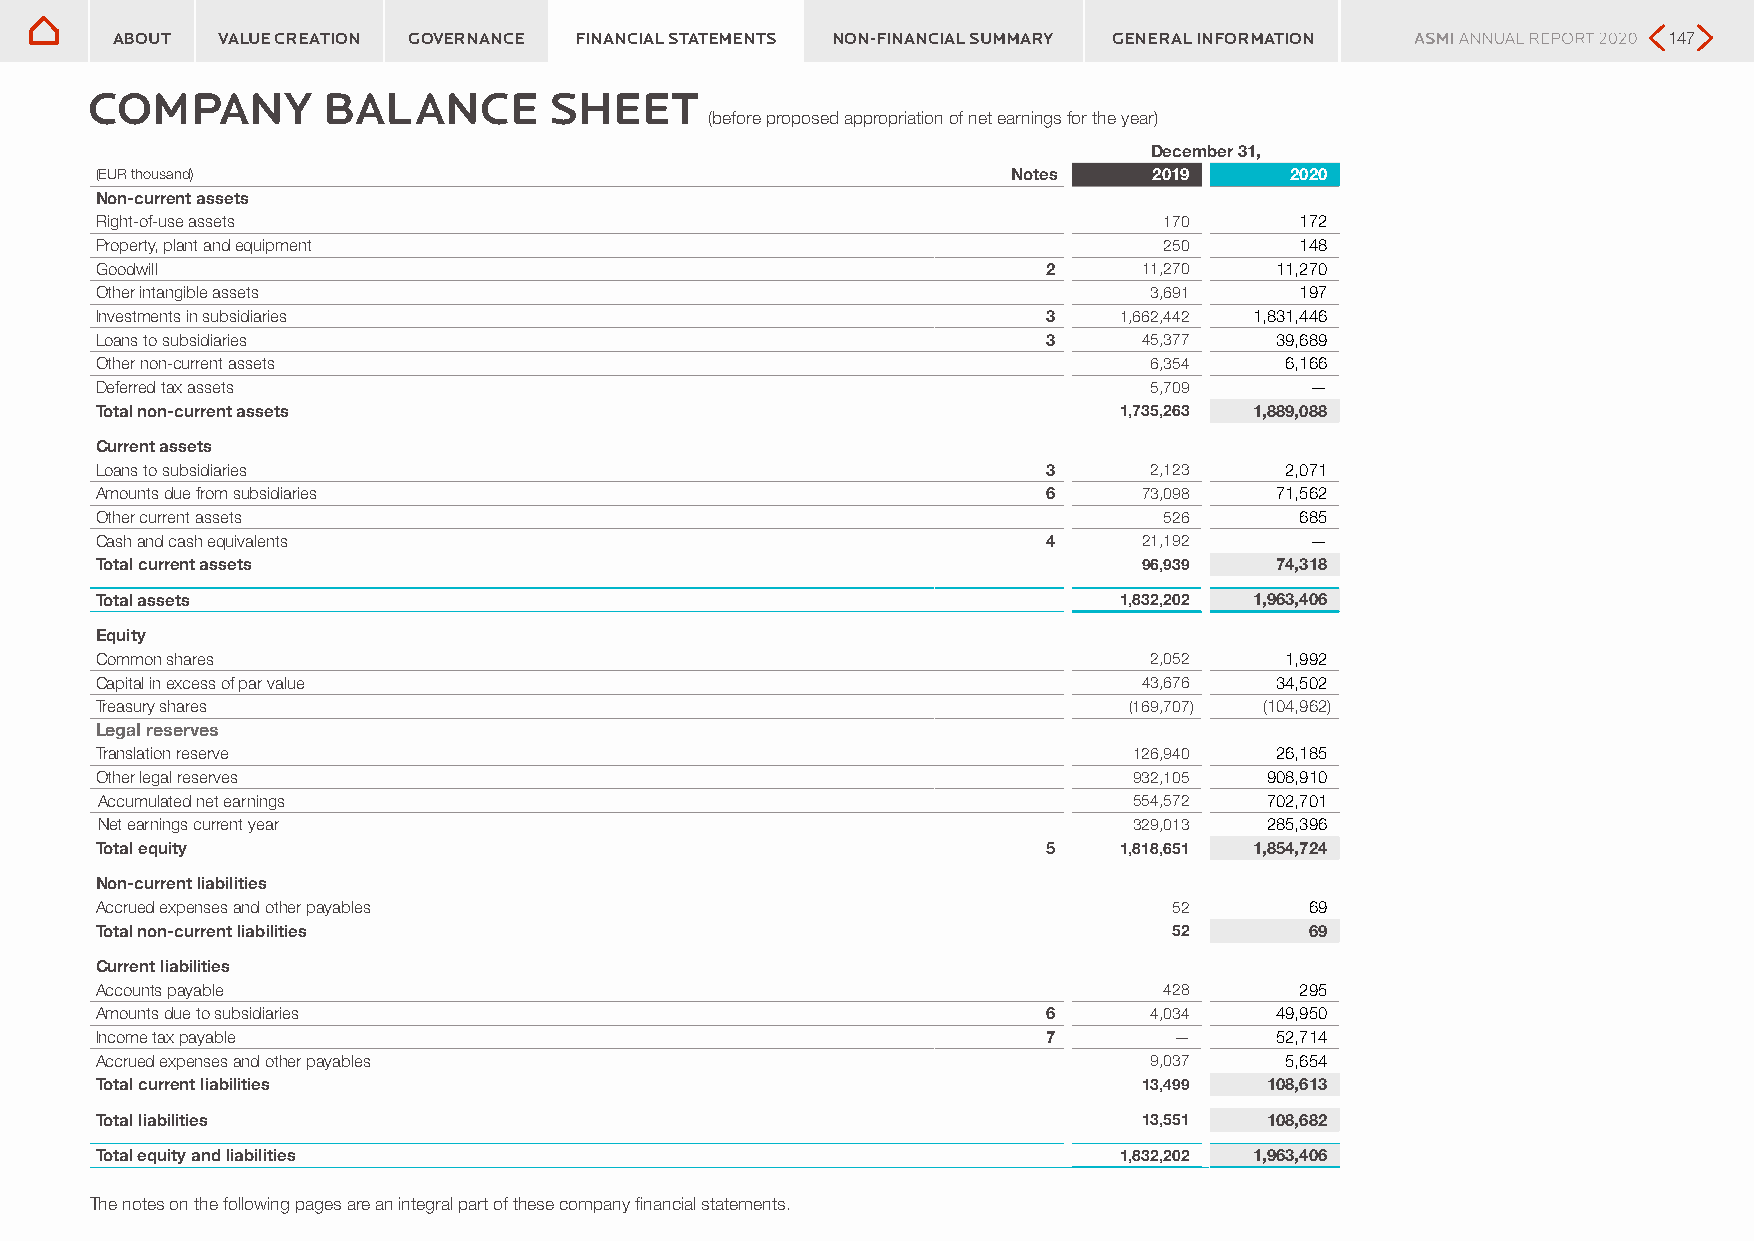
ASM International N.V. financial statements ASM International N.V. financial statements
 Company balance sheet    Company balance sheet
 ABOUT  VALUE CREATION GOVERNANCE FINANCIAL STATEMENTS NON-FINANCIAL SUMMARY GENERAL INFORMATION        147
 COMPANY        BALANCE        SHEET
 (before proposed appropriation of net earnings for the year)
 December 31,
 (EUR thousand)                                               Notes    2019     2020
 Non-current assets
 Right-of-use assets                                                    170      172
 Property, plant and equipment                                          250      148
 Goodwill                                                       2      11,270  11,270
 Other intangible assets                                               3,691     197
 Investments in subsidiaries                                    3    1,662,442 1,831,446
 Loans to subsidiaries                                          3      45,377  39,689
 Other non-current assets                                              6,354    6,166
 Deferred tax assets                                                   5,709      —
 Total non-current assets                                            1,735,263 1,889,088
 Current assets
 Loans to subsidiaries                                          3      2,123    2,071
 Amounts due from subsidiaries                                  6      73,098  71,562
 Other current assets                                                   526      685
 Cash and cash equivalents                                      4      21,192     —
 Total current assets                                                  96,939  74,318
 Total assets                                                        1,832,202 1,963,406
 Equity
 Common shares                                                         2,052    1,992
 Capital in excess of par value                                        43,676  34,502
 Treasury shares                                                      (169,707) (104,962)
 Legal reserves
 Translation reserve                                                  126,940  26,185
 Other legal reserves                                                 932,105  908,910
 Accumulated net earnings                                             554,572  702,701
 Net earnings current year                                            329,013  285,396
 Total equity                                                   5    1,818,651 1,854,724
 Non-current liabilities
 Accrued expenses and other payables                                     52       69
 Total non-current liabilities                                           52       69
 Current liabilities
 Accounts payable                                                       428      295
 Amounts due to subsidiaries                                    6      4,034   49,950
 Income tax payable                                             7        —     52,714
 Accrued expenses and other payables                                   9,037    5,654
 Total current liabilities                                             13,499  108,613
 Total liabilities                                                     13,551  108,682
 Total equity and liabilities                                        1,832,202 1,963,406
 The notes on the following pages are an integral part of these company financial statements.